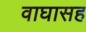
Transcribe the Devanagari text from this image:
वाघासह